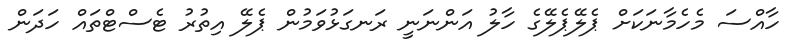
ހާއްސަ މެހެމާނަކަށް ޕެލޭޕެލޭގެ ހާލު އަންނަނީ ރަނގަޅުވަމުން ޕެލޭ އިތުރު ޓެސްޓްތައް ހަދަން